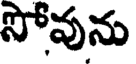
సోవును